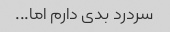
سردرد بدی دارم اما...